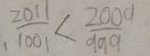
, \frac { 2 0 1 1 } { 1 0 0 1 } < \frac { 2 0 0 9 } { 9 9 9 }